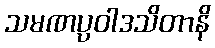
သမဏပ္ပဝါဒသိတာနိ